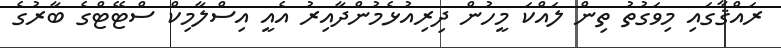
ރައްޤާގައި މިވަގުތު ތިން ލައްކަ މީހުން ދިރިއުޅެމުންދާއިރު އެއީ އިސްލާމިކް ސްޓޭޓްގެ ބާރުގެ